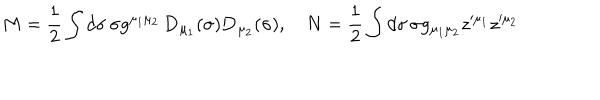
M = { \frac 1 2 } \int d \sigma \, \sigma g ^ { \mu _ { 1 } \mu _ { 2 } } \, { \bf D } _ { \mu _ { 1 } } ( \sigma ) { \bf D } _ { \mu _ { 2 } } ( \sigma ) , \quad N = { \frac 1 2 } \int d \sigma \, \sigma g _ { \mu _ { 1 } \mu _ { 2 } } z ^ { \prime \mu _ { 1 } } z ^ { \prime \mu _ { 2 } }